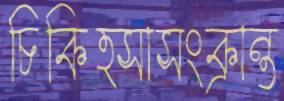
চিকিত্সাসংক্রান্ত